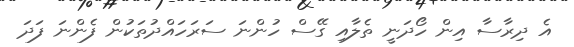
އެ ދިރާސާ އިން ހޯދަނީ ތެލާއި ގޭސް ހުންނަ ސަރަހައްދުތަކުން ފެންނަ ފަދަ